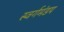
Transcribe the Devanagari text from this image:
स्वर्गमंडप